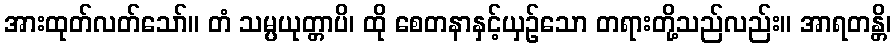
အားထုတ်လတ်သော်။ တံ သမ္ပယုတ္တာပိ၊ ထို စေတနာနှင့်ယှဉ်သော တရားတို့သည်လည်း။ အာရတန္တိ၊